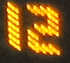
12